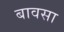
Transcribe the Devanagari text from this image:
बावसा